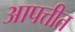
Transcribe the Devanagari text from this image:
आपत्तीत